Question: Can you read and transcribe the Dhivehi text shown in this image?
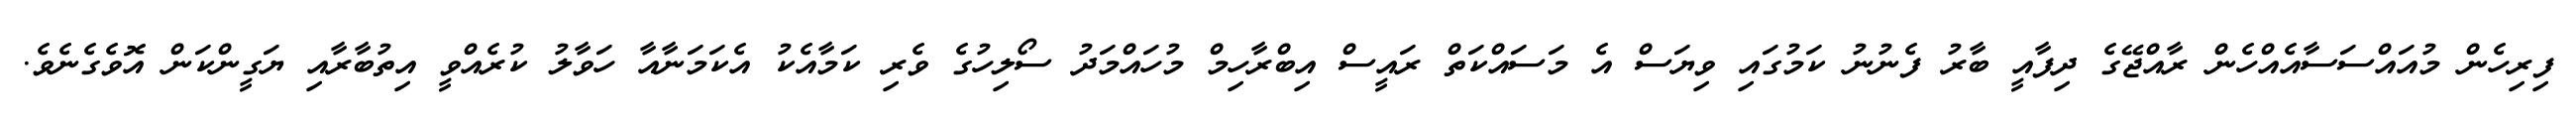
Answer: ފިރިހެން މުއައްސަސާއެއްހެން ރާއްޖޭގެ ދިފާއީ ބާރު ފެނުނު ކަމުގައި ވިޔަސް އެ މަސައްކަތް ރައީސް އިބްރާހިމް މުހައްމަދު ސޯލިހުގެ ވެރި ކަމާއެކު އެކަމަނާއާ ހަވާލު ކުރެއްވީ އިތުބާރާއި ޔަގީންކަން އޮވެގެނެވެ.